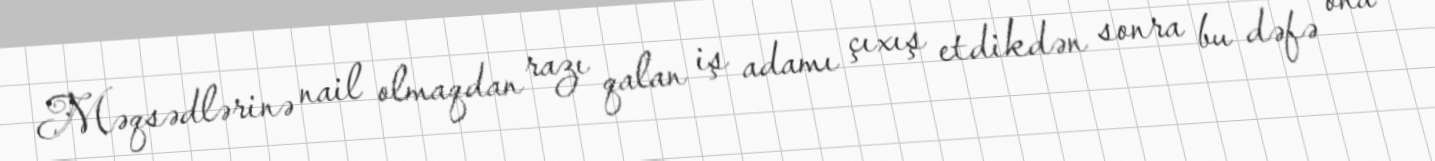
Məqsədlərinə nail olmaqdan razı qalan iş adamı çıxış etdikdən sonra bu dəfə ona